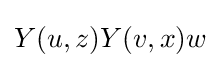
Y(u,z)Y(v,x)w